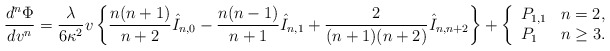
\begin{align*} \frac{d^{n}\Phi}{dv^{n}}=\frac{\lambda}{6\kappa^2}v\left\{\frac{n(n+1)}{n+2}\hat{I}_{n,0}-\frac{n(n-1)}{n+1}\hat{I}_{n,1}+\frac{2}{(n+1)(n+2)}\hat{I}_{n,n+2}\right\}+\left\{ \begin{array}{ll} P_{1,1} & n=2,\\ P_1 & n\geq 3. \end{array}\right.\end{align*}